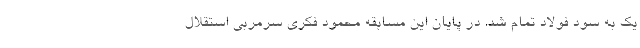
یک به سود فولاد تمام شد. در پایان این مسابقه محمود فکری سرمربی استقلال